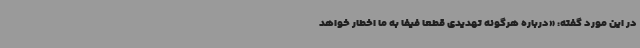
در این مورد گفته: «درباره هرگونه تهدیدی قطعا فیفا به ما اخطار خواهد